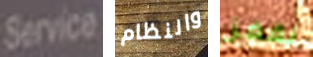
Service والنظام نقفز